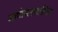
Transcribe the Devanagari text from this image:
आयोजनाकरिता